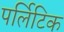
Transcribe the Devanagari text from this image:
पर्लिटिक